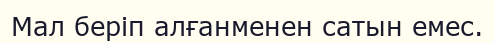
Мал беріп алғанменен сатын емес.